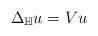
LaTeX: \begin{align*} \Delta_{\mathbb{H}}u= Vu \end{align*}